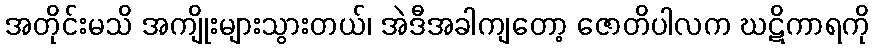
အတိုင်းမသိ အကျိုးများသွားတယ်၊ အဲဒီအခါကျတော့ ဇောတိပါလက ဃဋိကာရကို